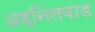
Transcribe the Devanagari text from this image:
अह्निलवाड